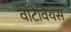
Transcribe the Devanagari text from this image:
वोंटेवियस